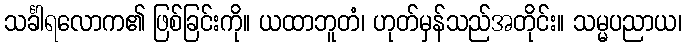
သင်္ခါရလောက၏ ဖြစ်ခြင်းကို။ ယထာဘူတံ၊ ဟုတ်မှန်သည်အတိုင်း။ သမ္မပညာယ၊